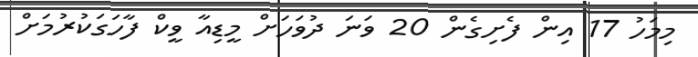
މިމަހު 17 އިން ފެށިގެން 20 ވަނަ ދުވަހަށް މީޑިއާ ވީކް ފާހަގަކުރުމަށް